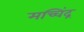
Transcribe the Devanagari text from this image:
मच्चिंद्र